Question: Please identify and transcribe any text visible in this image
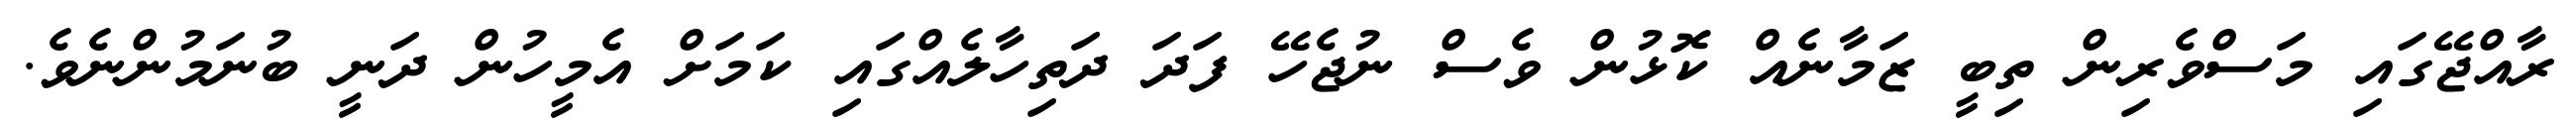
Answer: ރާއްޖޭގައި މަސްވެރިން ތިބީ ޒަމާނެއް ކޮޅުން ވެސް ނުޖެހޭ ފަދަ ދަތިހާލެއްގައި ކަމަށް އެމީހުން ދަނީ ބުނަމުންނެވެ.